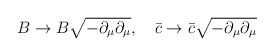
\begin{align*}B\rightarrow B\sqrt{-\partial_{\mu}\partial_{\mu}}, \ \ \ \bar{c}\rightarrow \bar{c}\sqrt{-\partial_{\mu}\partial_{\mu}}\end{align*}